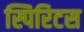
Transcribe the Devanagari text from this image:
स्पिरिटस